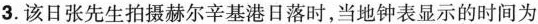
3.该日张先生拍摄赫尔辛基港日落时，当地钟表显示的时间为